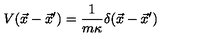
V ( \vec { x } - \vec { x } ^ { \prime } ) = { \frac { 1 } { m \kappa } } \delta ( \vec { x } - \vec { x } ^ { \prime } )